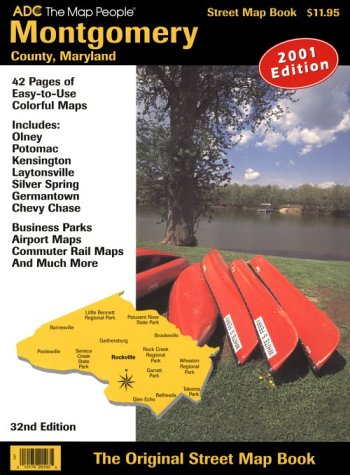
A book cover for ADC Montgomery County, Maryland: Includes Olney, Potomac, Kensington, Laytonsville, Silver Spring, Germantown, Chevy Chase; Adc; Travel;